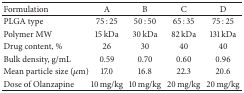
<table><thead><tr><td><b>Formulation</b></td><td><b>A</b></td><td><b> B</b></td><td><b>C</b></td><td><b> D</b></td></tr></thead><tbody><tr><td>PLGA type</td><td>75 : 25</td><td>50 : 50</td><td>65 : 35</td><td>75 : 25</td></tr><tr><td>Polymer MW</td><td>15 kDa</td><td>30 kDa</td><td>82 kDa</td><td>131 kDa</td></tr><tr><td>Drug content, %</td><td>26</td><td>30</td><td>40</td><td>40</td></tr><tr><td>Bulk density, g/mL</td><td>0.59</td><td>0.70</td><td>0.60</td><td>0.96</td></tr><tr><td>Mean particle size (<i>μ</i>m)</td><td>17.0</td><td>16.8</td><td>22.3</td><td>20.6</td></tr><tr><td>Dose of Olanzapine</td><td>10 mg/kg</td><td>10 mg/kg</td><td>20 mg/kg</td><td>20 mg/kg</td></tr></tbody></table>